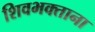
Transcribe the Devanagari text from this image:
शिवभक्ताना